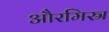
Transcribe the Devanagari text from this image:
औरमिस्र